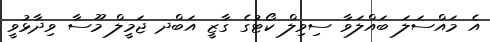
އެ މައްސަލަ ބައްލަވާ ސިވިލް ކޯޓުގެ ގާޒީ އަބްދ ޖަމީލް މޫސާ ވިދާޅުވީ